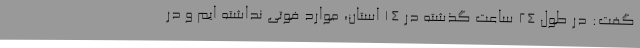
گفت: در طول 24 ساعت گذشته در 14 استان، موارد فوتی نداشته ایم و در